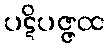
ပဋိပဇ္ဇထ